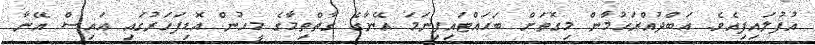
އުފުލައިފިއެވެ. އަބްދުއްރަހުމާން މިގޮތަށް ބަހައްޓައިފިނަމަ އޭނާގެ ގާތްތިމާގެ މީހުން އޮޑިފަހަރުގައި އައިސް އޭނާ